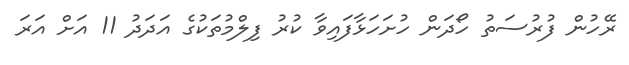
ރޭހުން ފުރުސަތު ހޯދަން ހުށަހަޅާފައިވާ ކުރު ފިލްމުތަކުގެ އަދަދު 11 އަށް އަރަ